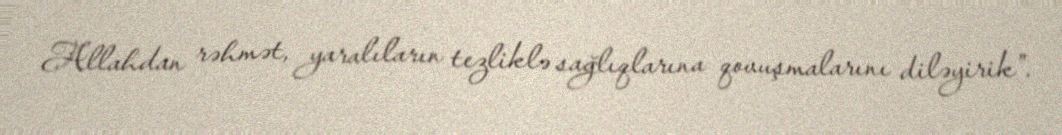
Allahdan rəhmət, yaralıların tezliklə sağlıqlarına qovuşmalarını diləyirik”.